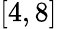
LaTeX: [4,8]